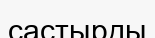
састырды